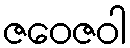
ဇဝေဇဝါ